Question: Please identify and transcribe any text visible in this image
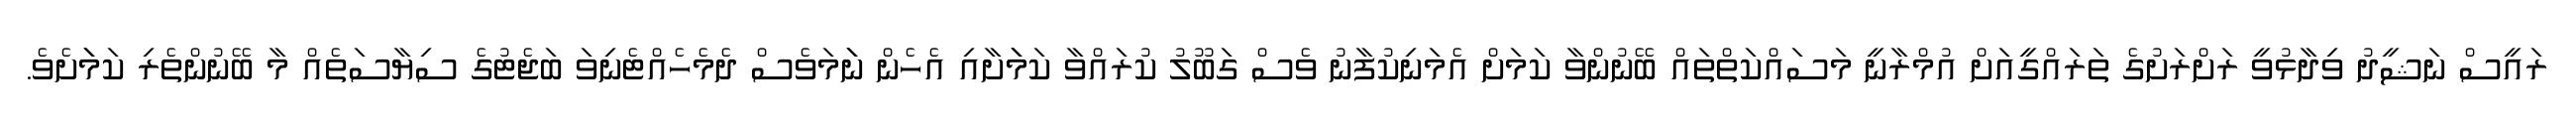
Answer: ރައީސް ނަޝީދު ވިދާޅުވީ ރަށްރަށުގެ ތަރައްގީއަށް އުމްރާނީ މަސައްކަތްތައް ބޭނުންވާ ކަމަށް އެމަނިކުފާނު ވެސް ގަބޫލު ކުރައްވާ ކަމަަށާއި އެހެން ނަަމަވެސް ދެމެހެއްޓެނިވަ ބަޖެޓުގެ ސިޔާސަތެއް މާ ބޭނުންތެރި ކަމަަށެވެ.